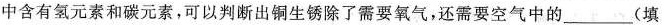
中含有氢元素和碳元素，可以判断出铜生锈除了需要氧气，还需要空气中的___(填